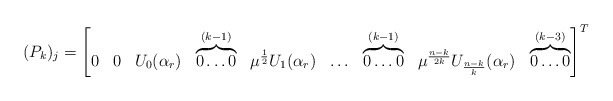
\begin{align*}(P_k)_j=\begin{bmatrix}0 & 0 & U_0(\alpha_r) & \overbrace{0 \ldots 0}^{(k-1)} & \mu^{\frac{1}{2}}U_1(\alpha_r) & \ldots & \overbrace{0 \ldots 0}^{(k-1)} & \mu^{\frac{n-k}{2k}} U_{\frac{n-k}{k}}(\alpha_r) & \overbrace{0 \ldots 0}^{(k-3)}\end{bmatrix}^{T} \end{align*}